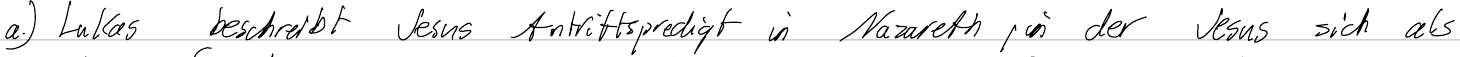
a.) Lukas beschreibt Jesus Antrittspredigt in Nazareth, in der Jesus sich als